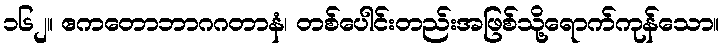
၁၆၂။ ဧကတောဘာဂဂတာနံ၊ တစ်ပေါင်းတည်းအဖြစ်သို့ရောက်ကုန်သော။